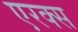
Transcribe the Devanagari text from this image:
एरक्स